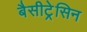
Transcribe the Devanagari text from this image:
बैसीट्रेसिन